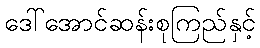
ဒေါ်အောင်ဆန်းစုကြည်နှင့်